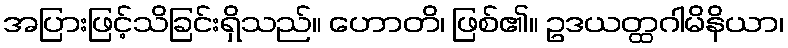
အပြားဖြင့်သိခြင်းရှိသည်။ ဟောတိ၊ ဖြစ်၏။ ဥဒယတ္ထဂါမိနိယာ၊